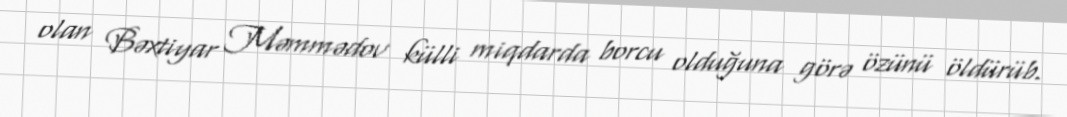
olan Bəxtiyar Məmmədov külli miqdarda borcu olduğuna görə özünü öldürüb.